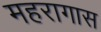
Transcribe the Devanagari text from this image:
महरागास